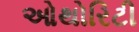
ઓથોરિટી